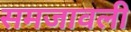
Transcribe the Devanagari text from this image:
समजावली